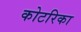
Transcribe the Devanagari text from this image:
कोटरिका